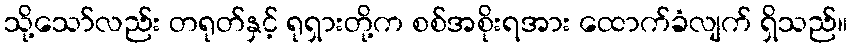
သို့သော်လည်း တရုတ်နှင့် ရုရှားတို့က စစ်အစိုးရအား ထောက်ခံလျက် ရှိသည်။